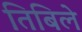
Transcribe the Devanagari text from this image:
तिबिले